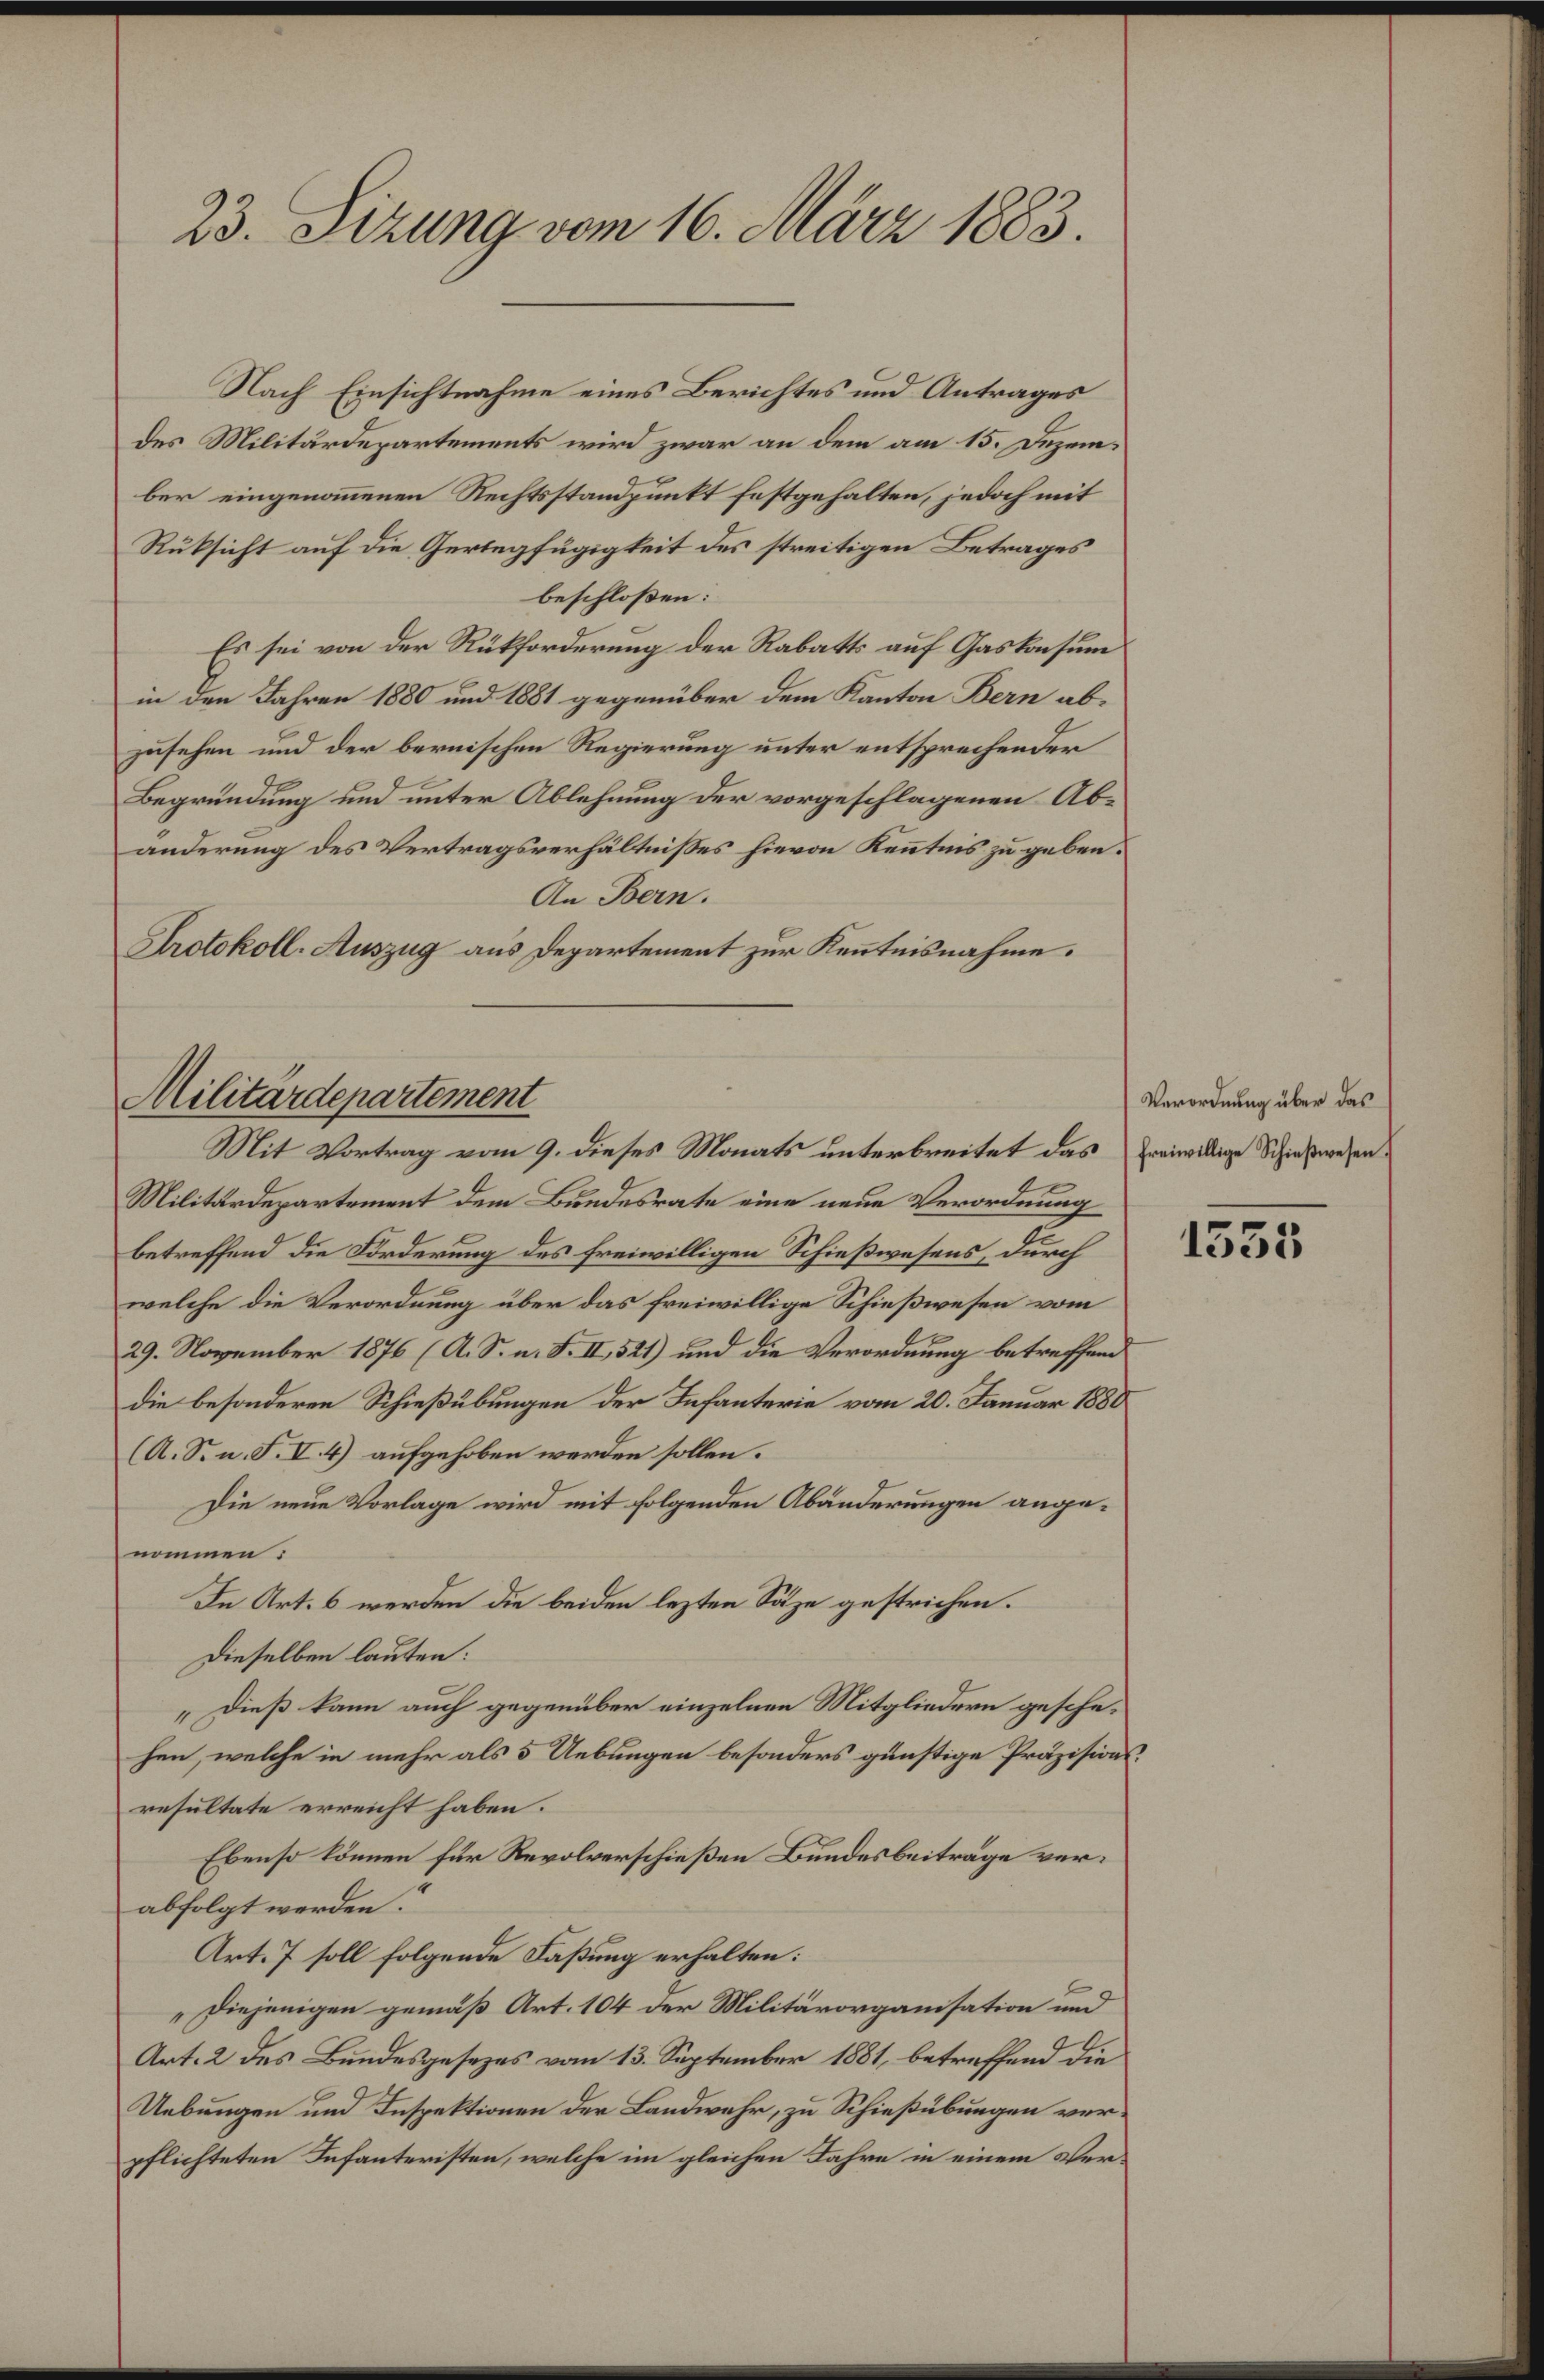
23. Sizung vom 16. März 1883.

Nach Einsichtnahme eines Berichtes und Antrages
des Militärdepartements wird zwar an dem am 15. Dezember eingenommenen Rechtsstandpunkt festgehalten, jedoch mit
Rüksicht auf die Geringfügigkeit des streitigen Betrages
beschloßen:
Es sei von der Rückforderung der Rabatts auf Gaskonsum
in den Jahren 1880 und 1881 gegenüber dem Kanton Bern abzusehen und der bernischen Regierung unter entsprechender
Begründung und unter Ablehnung der vorgeschlagenen Abänderung des Vertragsverhältnisses hievon Kenntnis zu geben.
An Bern.
Protokoll-Auszug aus Departement zur Kenntnisnahme.

Militärdepartement
Mit Vortrag vom 9. dieses Monats unterbreitet das freiwillige Schießwesen¬

Militärdepartement dem Bundesrate eine neue Verordnung
betreffend die Forderung des freiwilligen Schießwesens, durch
welche die Verordnung über das freiwillige Schießwesen vom
29. November 1876 (A. S. n. F. II, 521) und die Verordnung betreffend
die besonderen Schießübungen der Infanterie vom 20. Januar 1880
(A. S. n. F. I. 4) aufgehoben werden sollen.
Die neue Vorlage wird mit folgenden Abänderungen angenommen:
In Art. 6 werden die beiden lezten Sätze gestrichen.
Dieselben lauten:
„Dieß kann auch gegenüber einzelnen Mitgliedern geschehen, welche in mehr als 5 Uebungen besonders günstige Präzisionsresultate erreicht haben.
Ebenso können für Revolverschießen Bundesbeitrage verabfolgt werden?
Art. 7 soll folgende Faßung erhalten:
„Diejenigen gemäß Art. 104 der Militärorganisation und
Art. 2 des Bundesgesezes vom 13. September 1881, betreffend die
Uebungen und Inspektionen der Landwehr, zu Schießübungen verpflichteten Infanteristen, welche im gleichen Jahre in einem Ver¬

Verordnung über das

1355